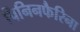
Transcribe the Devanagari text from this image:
पिनिनफैरिना